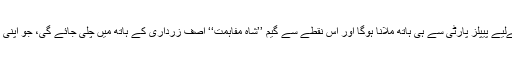
ایسی صورتحال میں پی ٹی آئی کو مرکزی حکومت سازی کےلیے پیپلز پارٹی سے ہی ہاتھ ملانا ہوگا اور اس نقطے سے گیم ’’شاہ مفاہمت‘‘ آصف زرداری کے ہاتھ میں چلی جائے گی، جو اپنی کارکردگی کا مظاہرہ حالیہ سینٹ انتخابات میں کر چکے ہیں۔